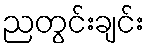
ညတွင်းချင်း